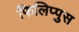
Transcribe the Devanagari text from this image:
फिलिप्पुस